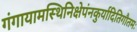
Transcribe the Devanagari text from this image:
गंगायामस्थिनिक्षेपंनकुर्यादितिगौतमः